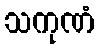
သကုဏံ